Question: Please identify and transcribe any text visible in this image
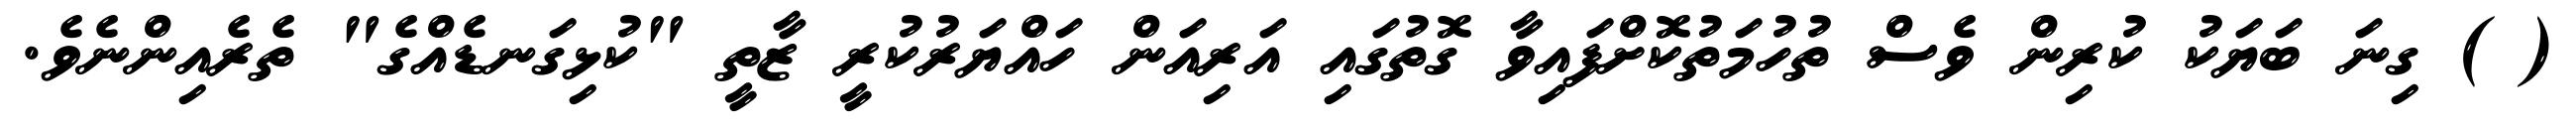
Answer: ( ) ގިނަ ބަޔަކު ކުރިން ވެސް ތުހުމަތުކޮށްފައިވާ ގޮތުގައި އަރިއަން ހައްޔަރުކުރީ ޒާތީ "ކުޅިގަނޑެއްގެ" ތެރެއިންނެވެ.